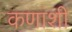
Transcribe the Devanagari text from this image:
कणांशी